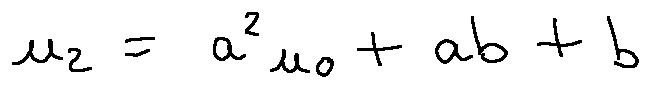
u _ { 2 } = a ^ { 2 } u _ { 0 } + a b + b